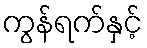
ကွန်ရက်နှင့်